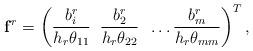
LaTeX: \begin{align*}\mathbf f^r = \left(\frac{b_{i}^r}{h_r\theta_{11}} \;\; \frac{b_{2}^r}{h_r\theta_{22}} \;\;\ldots \frac{b_{m}^r}{h_r\theta_{mm}}\right)^T,\end{align*}